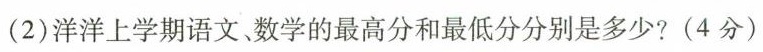
(2)洋洋上学期语文、数学的最高分和最低分分别是多少?(4分)